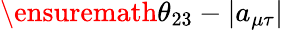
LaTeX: \ensuremath{\theta_{23}}-|a_{\mu\tau}|